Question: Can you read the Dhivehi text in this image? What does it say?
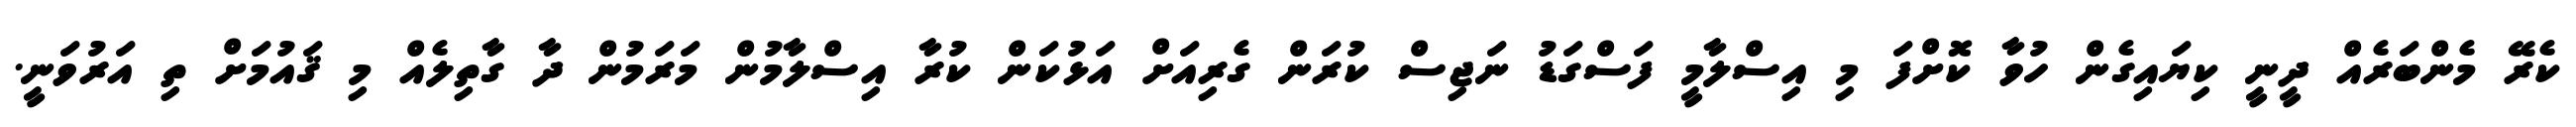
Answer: ކެރޭ މެންބަރެއް ދީނީ ކިޔައިގެން ހުވާ ކޮށްފަ މި އިސްލާމީ ފަސްގަޑު ނަޖިސް ކުރަން ގެރިއަށް އަޅުކަން ކުރާ އިސްލާމުން މަރަމުން ދާ ގާތިލެއް މި ޤައުމަށް ތި އަރުވަނީ.